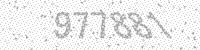
Solution: 977881